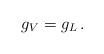
LaTeX: \begin{align*}g_V=g_L\,.\end{align*}